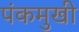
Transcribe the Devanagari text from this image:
पंकमुखी